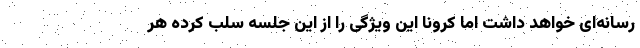
رسانه‌ای خواهد داشت اما کرونا این ویژگی را از این جلسه سلب کرده هر